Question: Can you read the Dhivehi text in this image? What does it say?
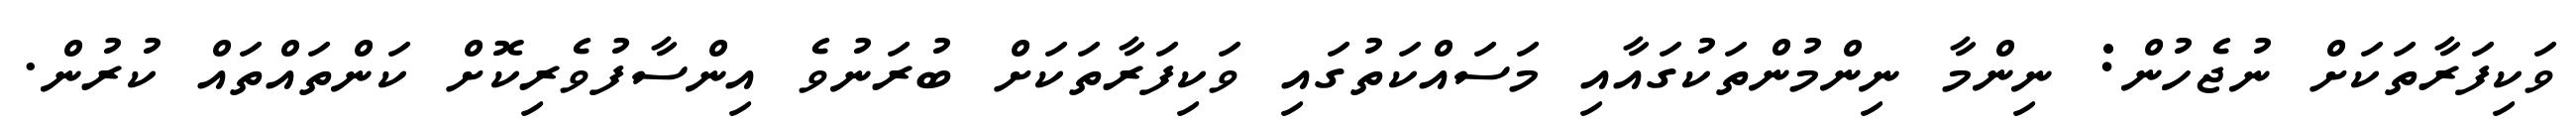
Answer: ވަކިފަރާތަކަށް ނުޖެހުން: ނިންމާ ނިންމުންތަކުގައާއި މަސައްކަތުގައި ވަކިފަރާތަކަށް ބުރަނުވެ އިންސާފުވެރިކޮށް ކަންތައްތައް ކުރުން.